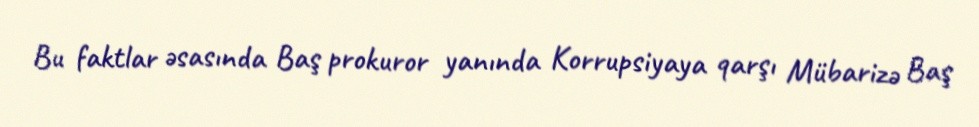
Bu faktlar əsasında Baş prokuror yanında Korrupsiyaya qarşı Mübarizə Baş